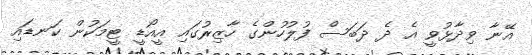
އޭނާ ވިދާޅުވީ އެ ދެ ދަބަސް ފުލުހުންގެ ހާޒިރުގައި އީއޯޑީ ޓީމަކުން ކަނޑައި